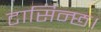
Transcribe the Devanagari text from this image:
टासिन्छ।